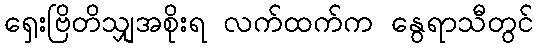
ရှေးဗြိတိသျှအစိုးရ လက်ထက်က နွေရာသီတွင်